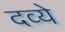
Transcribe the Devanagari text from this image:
दव्ये